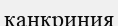
канкриния